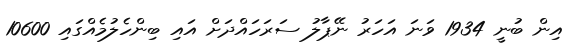
އިން ބުނީ 1934 ވަަނަ އަހަރު ނޭޕާލު ސަރަހައްދަށް އަައި ބިންހެލުމެއްގައި 10600